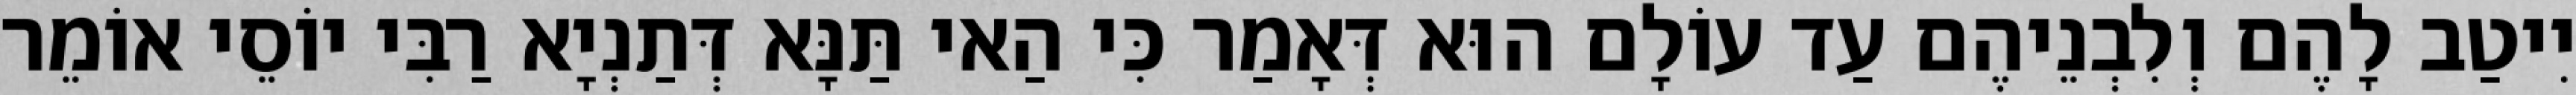
יִיטַב לָהֶם וְלִבְנֵיהֶם עַד עוֹלָם הוּא דְּאָמַר כִּי הַאי תַּנָּא דְּתַנְיָא רַבִּי יוֹסֵי אוֹמֵר